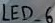
Text: LED_6